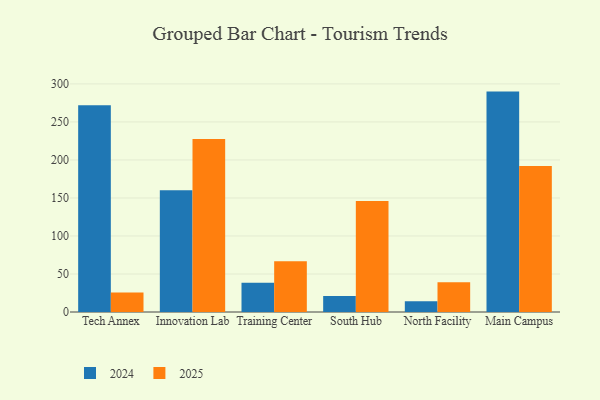
{"axis": {"x": "Campus", "y": "Revenue (USD Million)"}, "legend": ["2024", "2025"], "data": [{"x": "Tech Annex", "y": 25.6, "type": "2025"}, {"x": "Tech Annex", "y": 271.8, "type": "2024"}, {"x": "Innovation Lab", "y": 227.7, "type": "2025"}, {"x": "Innovation Lab", "y": 160.2, "type": "2024"}, {"x": "Training Center", "y": 66.8, "type": "2025"}, {"x": "Training Center", "y": 38.6, "type": "2024"}, {"x": "South Hub", "y": 146.1, "type": "2025"}, {"x": "South Hub", "y": 21.2, "type": "2024"}, {"x": "North Facility", "y": 39.0, "type": "2025"}, {"x": "North Facility", "y": 14.3, "type": "2024"}, {"x": "Main Campus", "y": 192.0, "type": "2025"}, {"x": "Main Campus", "y": 289.9, "type": "2024"}]}